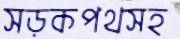
সড়কপথসহ